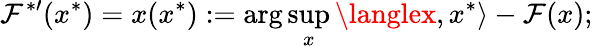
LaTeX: \mathcal{F}^{{*}\prime}(x^{*})=x(x^{*}):=\arg\operatorname*{sup}_{x}{\langlex,x^{*}\rangle}-\mathcal{F}(x);